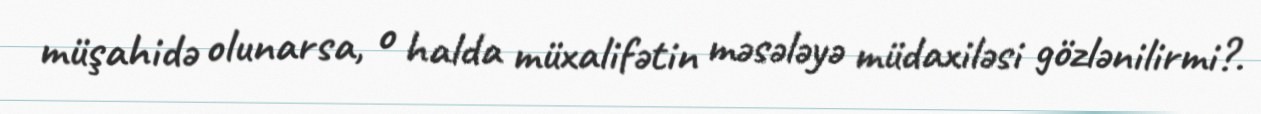
müşahidə olunarsa, o halda müxalifətin məsələyə müdaxiləsi gözlənilirmi?.